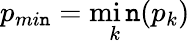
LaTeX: p_{mi\mathtt{n}}=\operatorname*{mi\mathtt{n}}_{k}(p_{k})